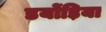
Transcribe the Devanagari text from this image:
डयोंड़िया